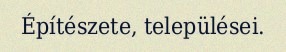
Építészete, települései.